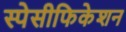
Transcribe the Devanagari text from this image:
स्पेसीफिकेशन